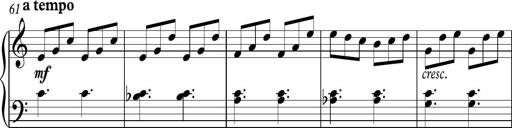
Title: Piano Sonatina in C
Composer: Daniel LÃ©o Simpson
Key: C major